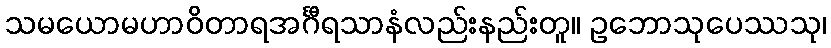
သမယောမဟာဝိတာရအင်္ဂီရသာနံလည်းနည်းတူ။ ဥဘောသုပေဿသု၊